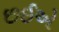
છઈએ